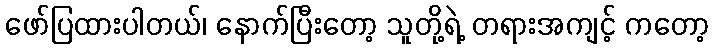
ဖော်ပြထားပါတယ်၊ နောက်ပြီးတော့ သူတို့ရဲ့ တရားအကျင့် ကတော့